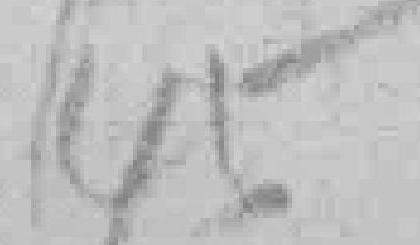
45